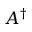
A ^ { \dagger }